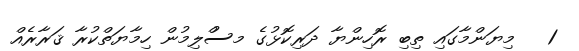
1   މިޔަންމާގައި ތިބި ރޮހިންޔާ ދަރިކޮޅުގެ މސުްލިމުން ހިމާޔަތްކުރާ ޤަރާރެއް